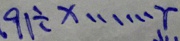
9 1 \div x \cdots r